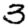
Digit: 3